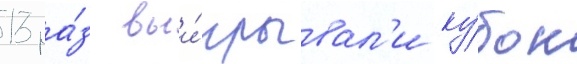
13 ра́з выи́грывал'и ку́бок